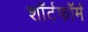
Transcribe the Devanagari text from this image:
शॉर्टफॉर्म